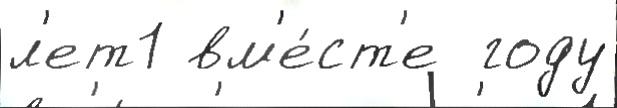
л'ет1 вм'е́ст'е  году